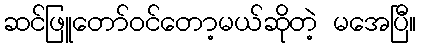
ဆင်ဖြူတော်ဝင်တော့မယ်ဆိုတဲ့ မအေပြီ။